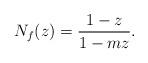
LaTeX: \begin{align*} N_f(z)&= \dfrac{1-z}{1-mz}. \end{align*}